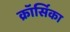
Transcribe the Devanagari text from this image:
क्रॉर्सिका